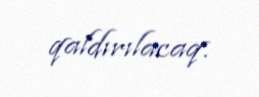
qaldırılacaq.